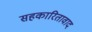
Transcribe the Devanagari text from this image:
सहकारितावाद